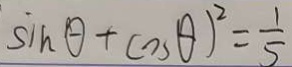
\sin \theta + \cos \theta ) ^ { 2 } = \frac { 1 } { 5 }